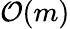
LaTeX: {\mathcal{O}}(m)